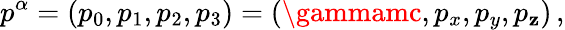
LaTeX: p^{\alpha}=\left(p_{0},p_{1},p_{2},p_{3}\right)=\left(\gammamc,p_{x},p_{y},p_{\mathbf{z}}\right)\, ,